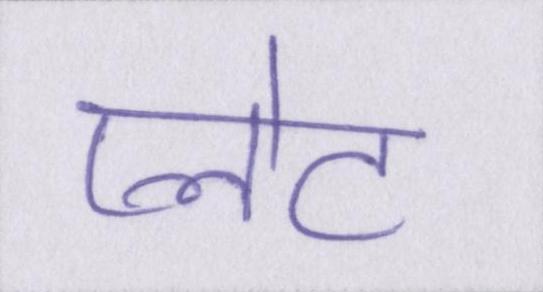
प्लेट